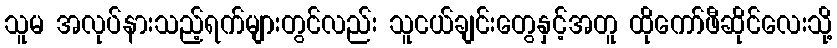
သူမ အလုပ်နားသည့်ရက်များတွင်လည်း သူငယ်ချင်းတွေနှင့်အတူ ထိုကော်ဖီဆိုင်လေးသို့